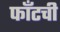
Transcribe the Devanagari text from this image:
फाँटची